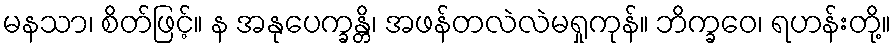
မနသာ၊ စိတ်ဖြင့်။ န အနုပေက္ခန္တိ၊ အဖန်တလဲလဲမရှုကုန်။ ဘိက္ခဝေ၊ ရဟန်းတို့။